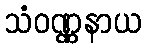
သံဝဏ္ဏနာယ